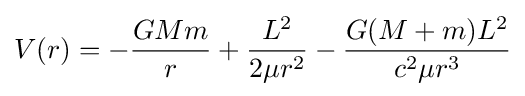
V(r)=-{\frac {GMm}{r}}+{\frac {L^{2}}{2\mu r^{2}}}-{\frac {G(M+m)L^{2}}{c^{2}\mu r^{3}}}